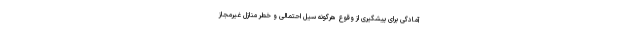
آمادگی برای پیشگیری از وقوع هرگونه سیل احتمالی و خطر منازل غیرمجاز